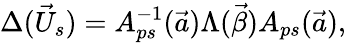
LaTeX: \Delta(\vec{U}_{s})=A_{ps}^{-1}(\vec{a})\Lambda(\vec{\beta})A_{ps}(\vec{a}),